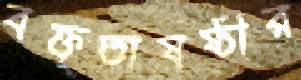
বক্তৃতাষষ্ঠীর